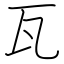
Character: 瓦